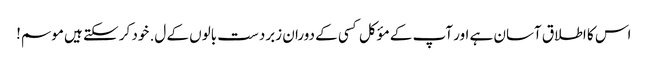
اس کا اطلاق آسان ہے اور آپ کے مؤکل کسی کے دوران زبردست بالوں کے ل. خود کر سکتے ہیں موسم!